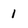
Character: 1